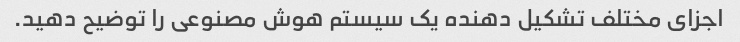
اجزای مختلف تشکیل دهنده یک سیستم هوش مصنوعی را توضیح دهید.